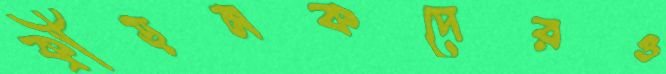
ক্রীড়নকদেরও